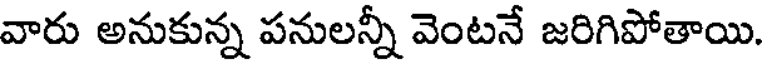
వారు అనుకున్న పనులన్నీ వెంటనే జరిగిపోతాయి.